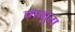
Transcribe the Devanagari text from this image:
मनुय